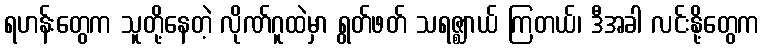
ရဟန်းတွေက သူတို့နေတဲ့ လိုဏ်ဂူထဲမှာ ရွတ်ဖတ် သရဇ္ဈာယ် ကြတယ်၊ ဒီအခါ လင်းနို့တွေက